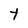
Character: t